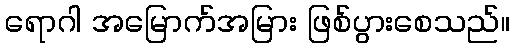
ရောဂါ အမြောက်အမြား ဖြစ်ပွားစေသည်။